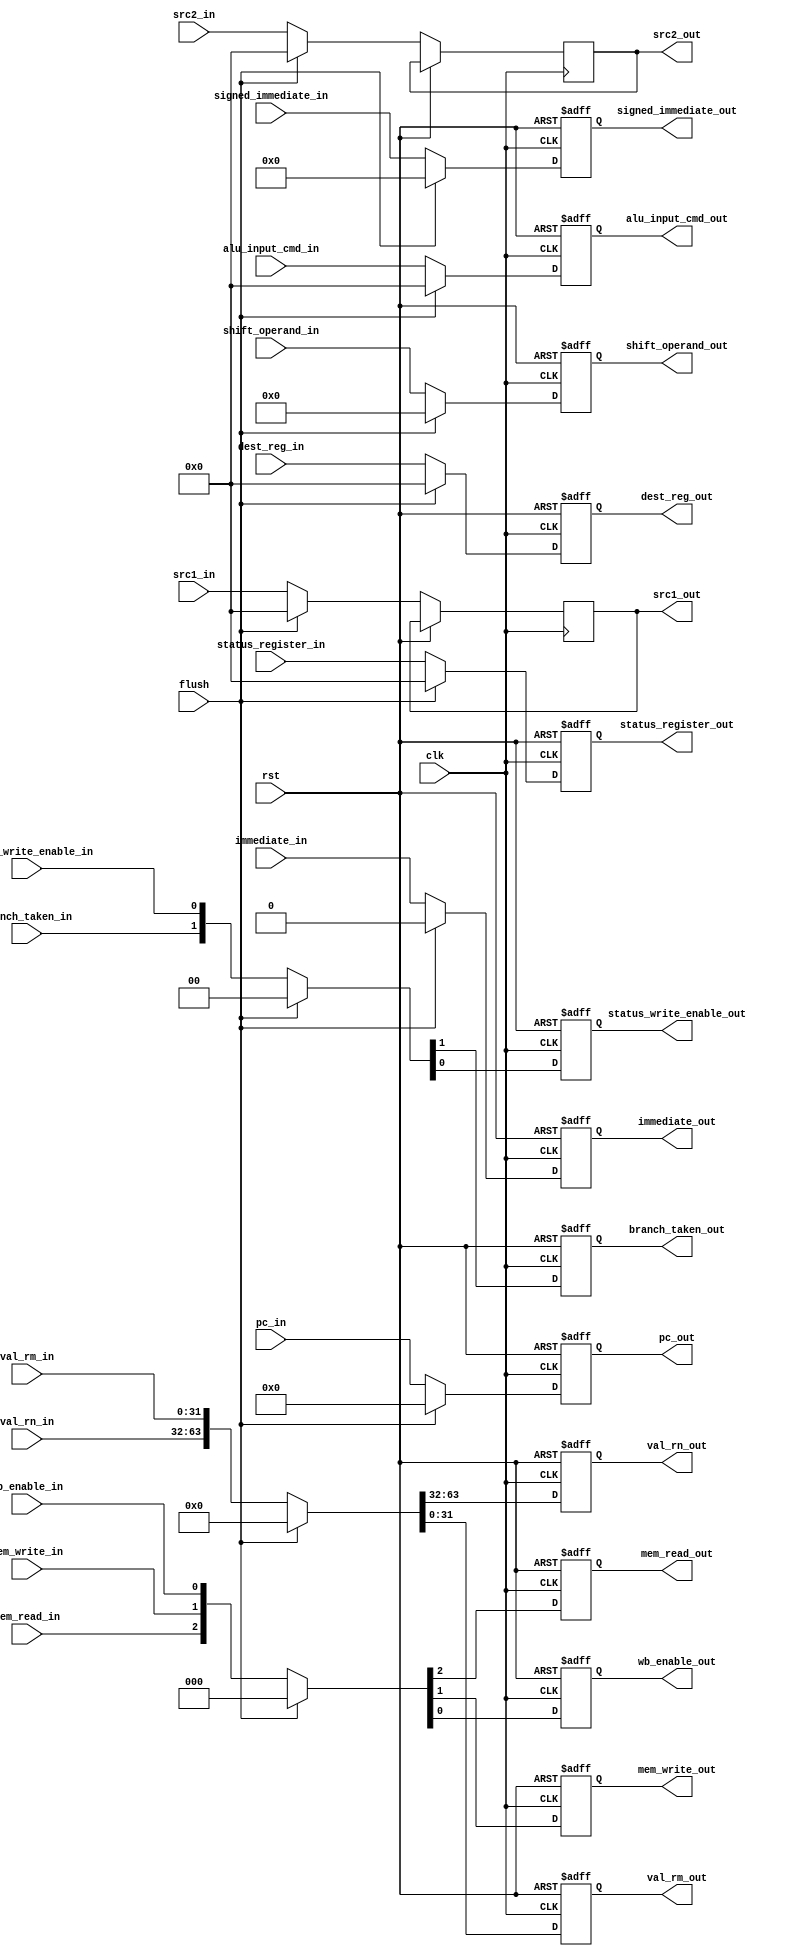
module ID_Stage_Reg (
	input clk, rst, flush,
	input [31:0] pc_in,
	input mem_read_in, mem_write_in, wb_enable_in,
	input branch_taken_in, status_write_enable_in,
	input [3:0] alu_input_cmd_in,
	input [31:0] val_rn_in, val_rm_in,
	input immediate_in,
	input [23:0] signed_immediate_in,
	input [11:0] shift_operand_in,
	input [3:0] dest_reg_in,
	input [3:0] status_register_in,

	output reg [31:0] pc_out,
	output reg mem_read_out, mem_write_out, wb_enable_out,
	output reg branch_taken_out, status_write_enable_out,
	output reg [3:0] alu_input_cmd_out,
	output reg [31:0] val_rn_out, val_rm_out,
	output reg immediate_out,
	output reg [23:0] signed_immediate_out,
	output reg [11:0] shift_operand_out,
	output reg [3:0] dest_reg_out,
	output reg [3:0] status_register_out,	

	input [3:0] src1_in, src2_in,
	output reg [3:0] src1_out, src2_out
);

	always @(posedge clk, posedge rst) begin
		if (rst) begin
			pc_out <= 32'b0;
			{mem_read_out, mem_write_out, wb_enable_out} <= {3'b0};
			{branch_taken_out, status_write_enable_out} <= {2'b0};
			alu_input_cmd_out <= 4'b0;
			{val_rn_out, val_rm_out} <= {32'b0, 32'b0};
			immediate_out <= 1'b0;
			signed_immediate_out <= 24'b0;
			shift_operand_out <= 12'b0;
			dest_reg_out <= 4'b0;
			status_register_out <= 4'b0;
		end
		else begin
			if (flush) begin
				pc_out <= 32'b0;
				{mem_read_out, mem_write_out, wb_enable_out} <= {3'b0};
				{branch_taken_out, status_write_enable_out} <= {2'b0};
				alu_input_cmd_out <= 4'b0;
				{val_rn_out, val_rm_out} <= {32'b0, 32'b0};
				immediate_out <= 1'b0;
				signed_immediate_out <= 24'b0;
				shift_operand_out <= 12'b0;
				dest_reg_out <= 4'b0;
				status_register_out <= 4'b0;
				src1_out <= 4'b0;
				src2_out <= 4'b0;
			end
			else begin
				pc_out <= pc_in;
				{mem_read_out, mem_write_out, wb_enable_out} <= {mem_read_in, mem_write_in, wb_enable_in};
				{branch_taken_out, status_write_enable_out} <= {branch_taken_in, status_write_enable_in};
				alu_input_cmd_out <= alu_input_cmd_in;
				{val_rn_out, val_rm_out} <= {val_rn_in, val_rm_in};
				immediate_out <= immediate_in;
				signed_immediate_out <= signed_immediate_in;
				shift_operand_out <= shift_operand_in;
				dest_reg_out <= dest_reg_in;
				status_register_out <= status_register_in;
				src1_out <= src1_in;
				src2_out <= src2_in;
			end
		end
	end
		
endmodule